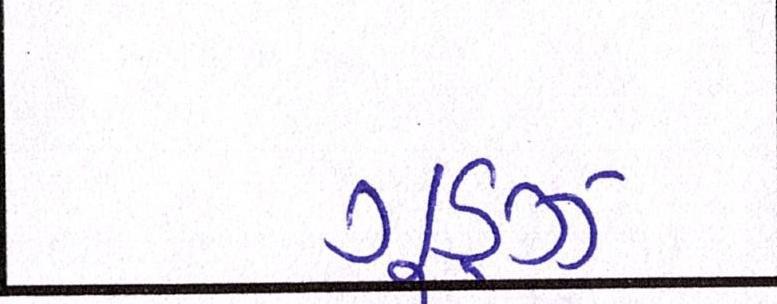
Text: ગૂડ્ઝ